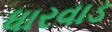
ધારવાડ